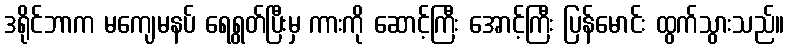
ဒရိုင်ဘာက မကျေမနပ် ရေရွတ်ပြီးမှ ကားကို ဆောင့်ကြီး အောင့်ကြီး ပြန်မောင်း ထွက်သွားသည်။